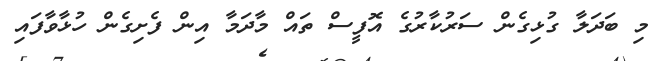
މި ބަދަލާ ގުޅިގެން ސަރުކާރުގެ އޮފީސް ތައް މާދަމާ އިން ފެށިގެން ހުޅާވާފައި